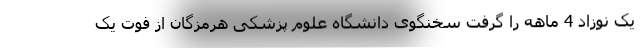
یک نوزاد 4 ماهه را گرفت سخنگوی دانشگاه علوم پزشکی هرمزگان از فوت یک